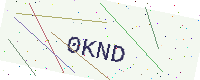
Text: 0KND